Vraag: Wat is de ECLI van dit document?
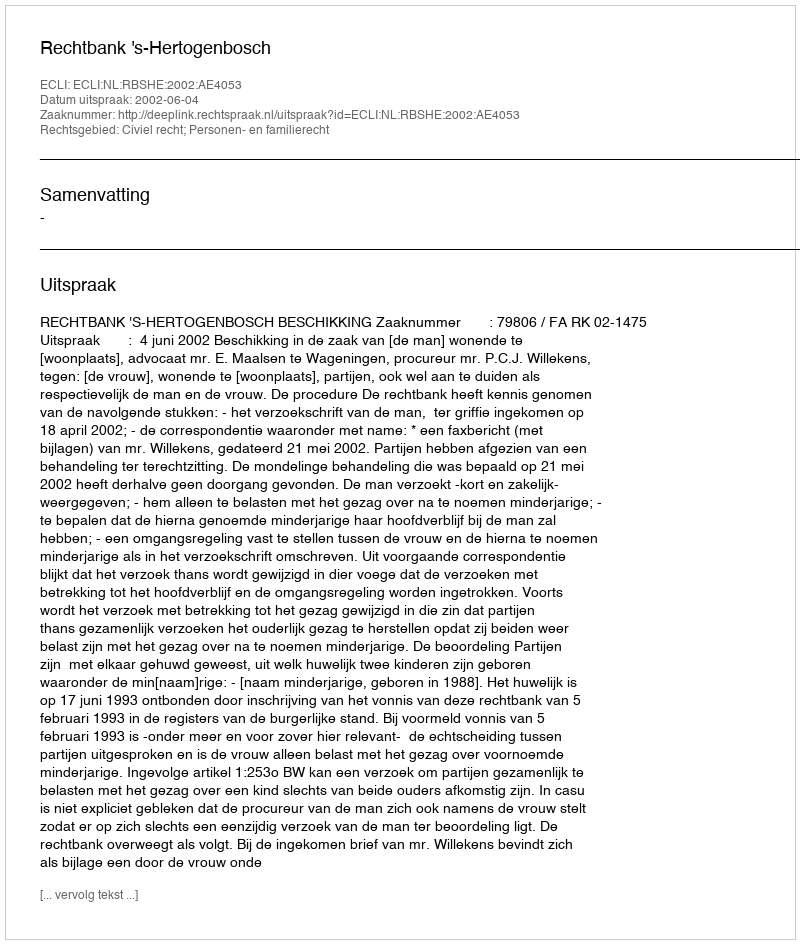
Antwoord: ECLI:NL:RBSHE:2002:AE4053